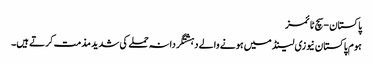
پاکستان - سچ ٹائمز
ہوم پاکستان نیوزی لینڈ میں ہونے والے دہشتگردانہ حملے کی شدید مذمت کرتے ہیں۔